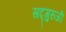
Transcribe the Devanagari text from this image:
सद्गुरुजी